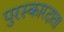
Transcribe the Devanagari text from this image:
पुरस्कारदाता